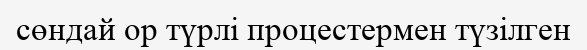
сөндай ор түрлі процестермен түзілген